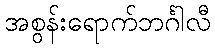
အစွန်းရောက်ဘင်္ဂါလီ